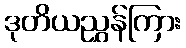
ဒုတိယညွှန်ကြား